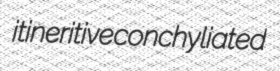
itineritive conchyliated